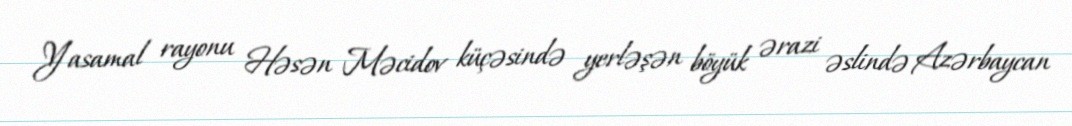
Yasamal rayonu Həsən Məcidov küçəsində yerləşən böyük ərazi əslində Azərbaycan